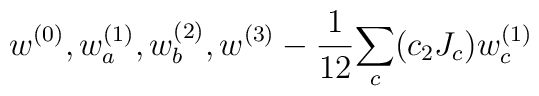
w^{(0)}, w^{(1)}_a, w^{(2)}_b, w^{(3)}-{1\over12}{\sum_c  (c_2J_c) w^{(1)}_c}